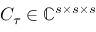
C _ { \tau } \in \mathbb { C } ^ { s \times s \times s }